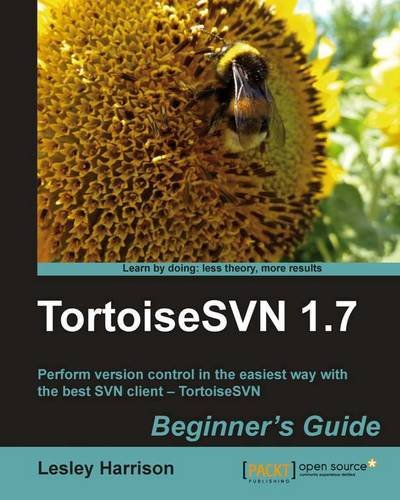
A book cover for TortoiseSVN 1.7 Beginner's Guide; Lesley A. Harrison; Computers & Technology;